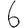
Digit: 6